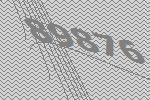
89876